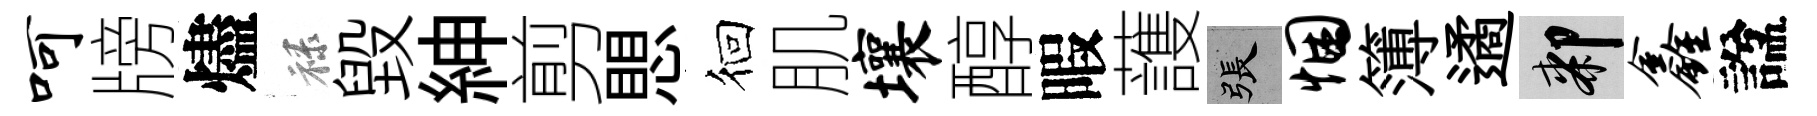
呵牓燼禄毁紳剪愳徊肌壤醇暇䕶張悃簿遹膝鑫諡